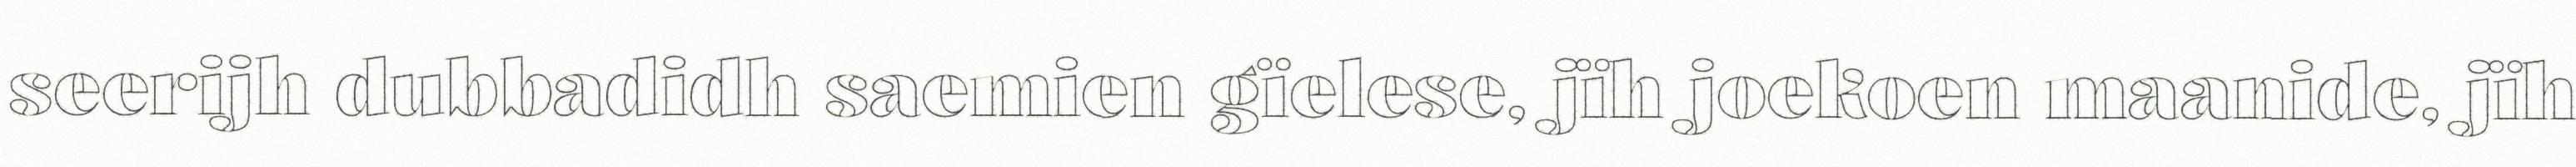
seerijh dubbadidh saemien gïelese, jïh joekoen maanide, jïh